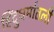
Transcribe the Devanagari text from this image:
हिंदुधर्मातली